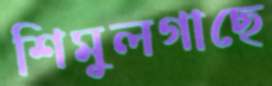
শিমুলগাছে